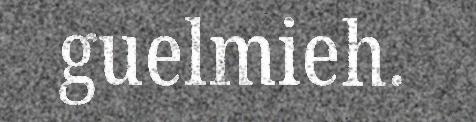
guelmieh.